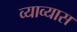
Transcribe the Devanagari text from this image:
व्याव्यास